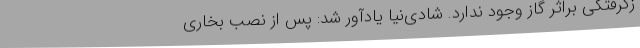
زگرفتگی براثر گاز وجود ندارد. شادی‌نیا یادآور شد: پس از نصب بخاری